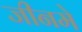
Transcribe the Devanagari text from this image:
जीनमे